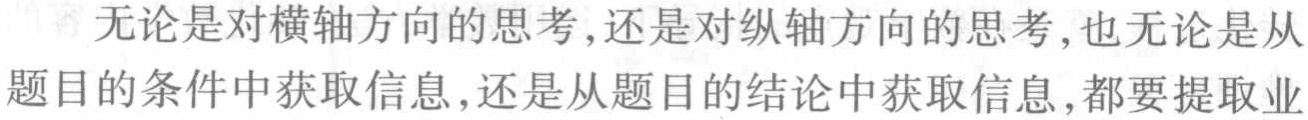
无论是对横轴方向的思考,还是对纵轴方向的思考,也无论是从题目的条件中获取信息,还是从题目的结论中获取信息,都要提取业